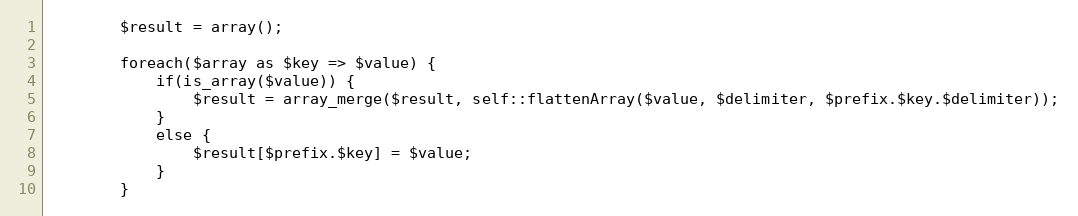
Language: PHP
        $result = array();

        foreach($array as $key => $value) {
            if(is_array($value)) {
                $result = array_merge($result, self::flattenArray($value, $delimiter, $prefix.$key.$delimiter));
            }
            else {
                $result[$prefix.$key] = $value;
            }
        }